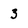
Character: 3